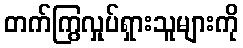
တက်ကြွလှုပ်ရှားသူများကို